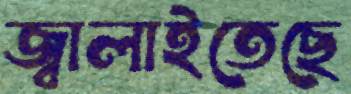
জ্বালাইতেছে